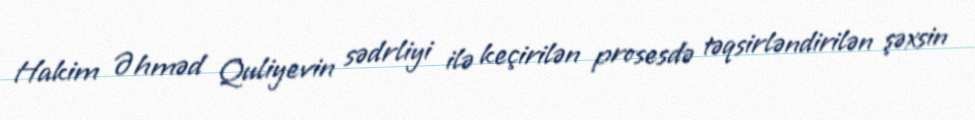
Hakim Əhməd Quliyevin sədrliyi ilə keçirilən prosesdə təqsirləndirilən şəxsin